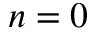
n = 0